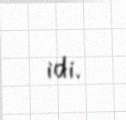
idi.